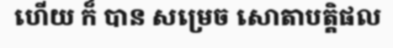
ហើយ ក៏ បាន សម្រេច សោតាបត្តិផល